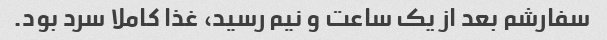
سفارشم بعد از یک ساعت و نیم رسید، غذا کاملا سرد بود.